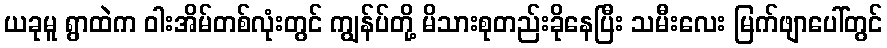
ယခုမူ ရွာထဲက ဝါးအိမ်တစ်လုံးတွင် ကျွန်ပ်တို့ မိသားစုတည်းခိုနေပြီး သမီးလေး မြက်ဖျာပေါ်တွင်